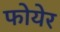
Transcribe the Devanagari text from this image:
फोयेर